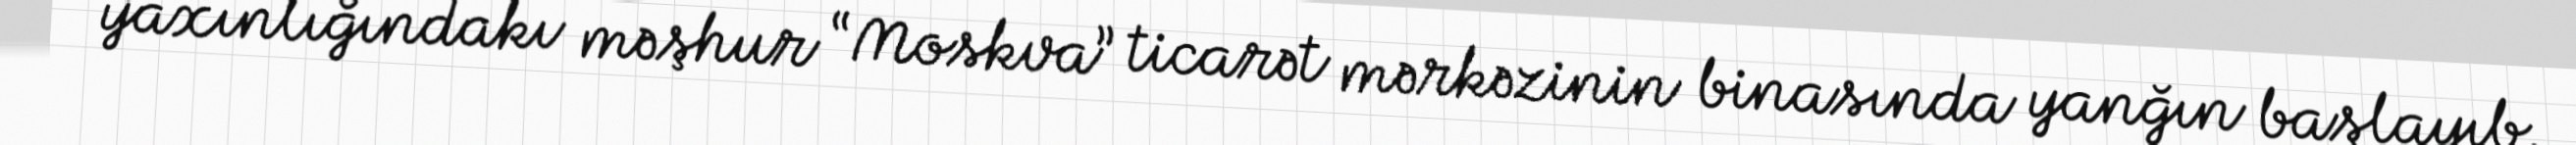
yaxınlığındakı məşhur “Moskva” ticarət mərkəzinin binasında yanğın başlayıb.